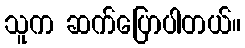
သူက ဆက်ပြောပါတယ်။